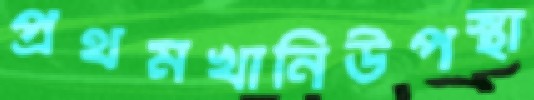
প্রথমখানিউপস্থা